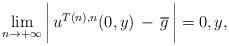
LaTeX: \begin{align*} \lim\limits_{n\to +\infty} \bigg|\,u^{T(n),n}(0,y) \,-\,\overline{g} \,\bigg| =0,y,\end{align*}